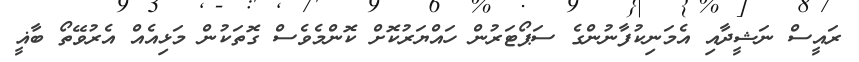
ރައީސް ނަޝީދާއި އެމަނިކުފާނުންގެ ސަޕޯޓަރުން ހައްޔަރުކޮށް ކޮންމެވެސް ގޮތަކުން މަޅިއެއް އެރުވޭތޯ ބާޣީ